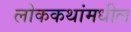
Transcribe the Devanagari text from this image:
लोककथांमधील